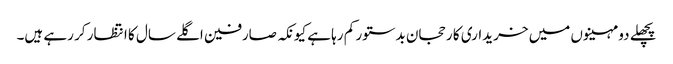
پچھلے دو مہینوں میں خریداری کا رحجان بدستور کم رہا ہے کیونکہ صارفین اگلے سال کا انتظار کر رہے ہیں۔